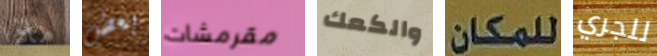
ماذا بعض مقرمشات والكعك للمكان للجري